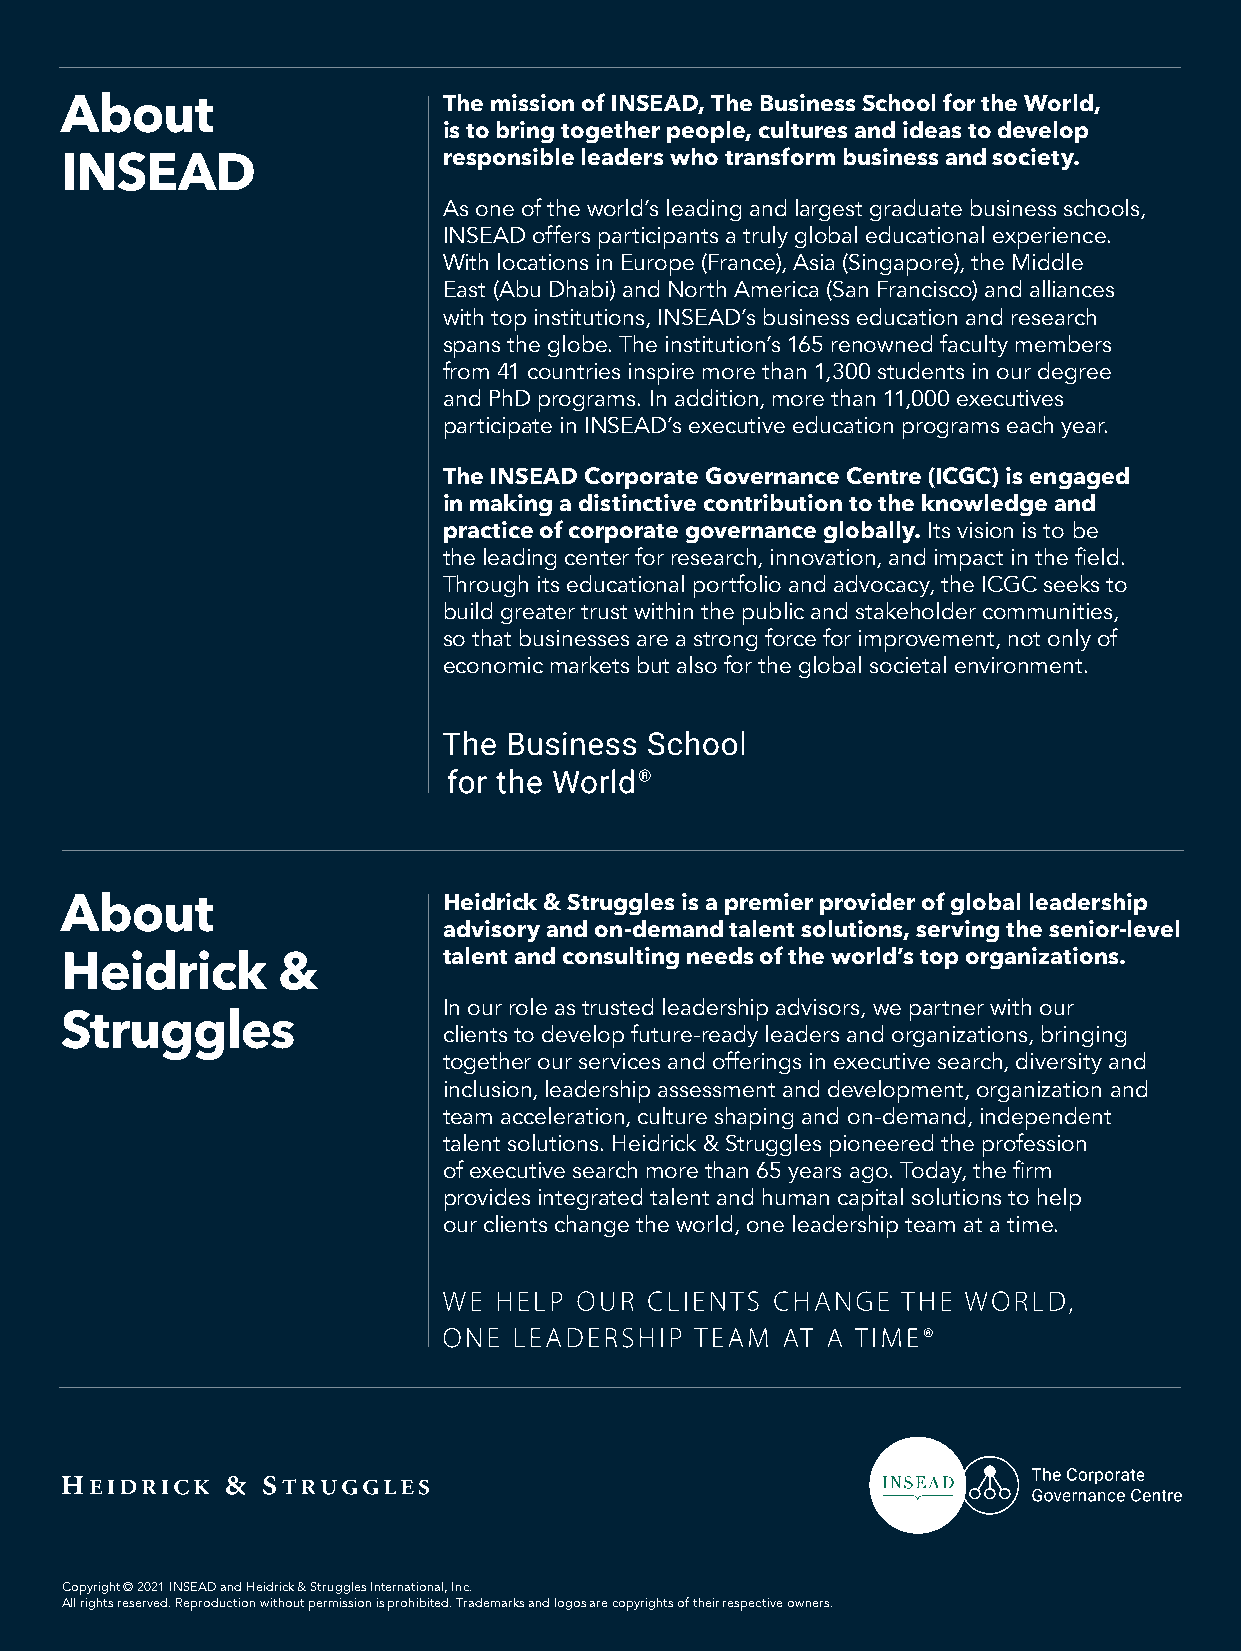
About                    The mission of INSEAD, The Business School for the World,
 is to bring together people, cultures and ideas to develop
 responsible leaders who transform business and society.
 INSEAD
 As one of the world’s leading and largest graduate business schools,
 INSEAD offers participants a truly global educational experience.
 With locations in Europe (France), Asia (Singapore), the Middle
 East (Abu Dhabi) and North America (San Francisco) and alliances
 with top institutions, INSEAD’s business education and research
 spans the globe. The institution’s 165 renowned faculty members
 from 41 countries inspire more than 1,300 students in our degree
 and PhD programs. In addition, more than 11,000 executives
 participate in INSEAD’s executive education programs each year.
 The INSEAD Corporate Governance Centre (ICGC) is engaged
 in making a distinctive contribution to the knowledge and
 practice of corporate governance globally. Its vision is to be
 the leading center for research, innovation, and impact in the field.
 Through its educational portfolio and advocacy, the ICGC seeks to
 build greater trust within the public and stakeholder communities,
 so that businesses are a strong force for improvement, not only of
 economic markets but also for the global societal environment.
 About                    Heidrick & Struggles is a premier provider of global leadership
 advisory and on-demand talent solutions, serving the senior-level
 talent and consulting needs of the world’s top organizations.
 Heidrick      &
 In our role as trusted leadership advisors, we partner with our
 Struggles                clients to develop future-ready leaders and organizations, bringing
 together our services and offerings in executive search, diversity and
 inclusion, leadership assessment and development, organization and
 team acceleration, culture shaping and on-demand, independent
 talent solutions. Heidrick & Struggles pioneered the profession
 of executive search more than 65 years ago. Today, the firm
 provides integrated talent and human capital solutions to help
 our clients change the world, one leadership team at a time.
 Copyright © 2021 INSEAD and Heidrick & Struggles International, Inc.
 All rights reserved. Reproduction without permission is prohibited. Trademarks and logos are copyrights of their respective owners.